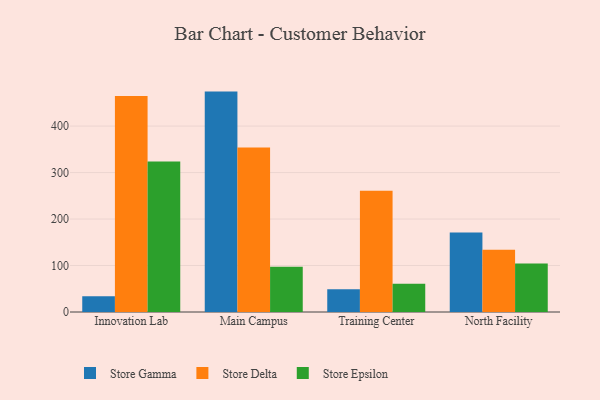
{"axis": {"x": "Campus", "y": "Revenue (USD Million)"}, "legend": ["Store Delta", "Store Epsilon", "Store Gamma"], "data": [{"x": "Innovation Lab", "y": 34.0, "type": "Store Gamma"}, {"x": "Innovation Lab", "y": 464.5, "type": "Store Delta"}, {"x": "Innovation Lab", "y": 324.0, "type": "Store Epsilon"}, {"x": "Main Campus", "y": 474.2, "type": "Store Gamma"}, {"x": "Main Campus", "y": 353.8, "type": "Store Delta"}, {"x": "Main Campus", "y": 97.5, "type": "Store Epsilon"}, {"x": "Training Center", "y": 49.0, "type": "Store Gamma"}, {"x": "Training Center", "y": 260.9, "type": "Store Delta"}, {"x": "Training Center", "y": 60.6, "type": "Store Epsilon"}, {"x": "North Facility", "y": 171.0, "type": "Store Gamma"}, {"x": "North Facility", "y": 133.7, "type": "Store Delta"}, {"x": "North Facility", "y": 104.5, "type": "Store Epsilon"}]}